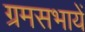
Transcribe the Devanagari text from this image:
ग्रमसभायें